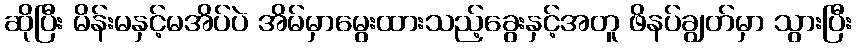
ဆိုပြီး မိန်းမနှင့်မအိပ်ပဲ အိမ်မှာမွေးထားသည့်ခွေးနှင့်အတူ ဖိနပ်ချွတ်မှာ သွားပြီး